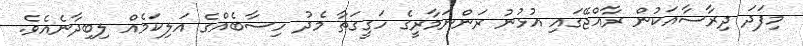
މިފަދަ ދިރާސާއަކުން ރާއްޖޭގައި އުޅުނު ރަންނަމާރީގެ ހަގީގަތާ މެދު ހިސާބެއްގެ އަލިކަމެއް ލިބިދާނެއެވެ.